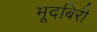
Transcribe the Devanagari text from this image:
मूदबिरी